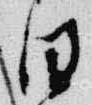
日